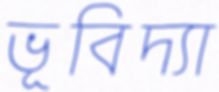
ভূবিদ্যা